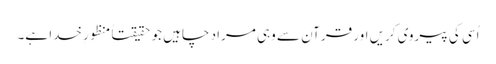
اُسی کی پیروی کریں اور قرآن سے وہی مراد چاہیں جو حقیقتاً منظورِ خدا ہے۔